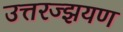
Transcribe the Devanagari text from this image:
उत्तरज्झयण